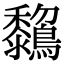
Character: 𪇺